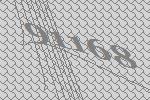
91168